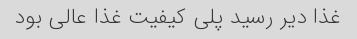
غذا دیر رسید پلی کیفیت غذا عالی بود